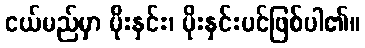
ငယ်မည်မှာ မိုးနှင်း၊ မိုးနှင်းပင်ဖြစ်ပါ၏။